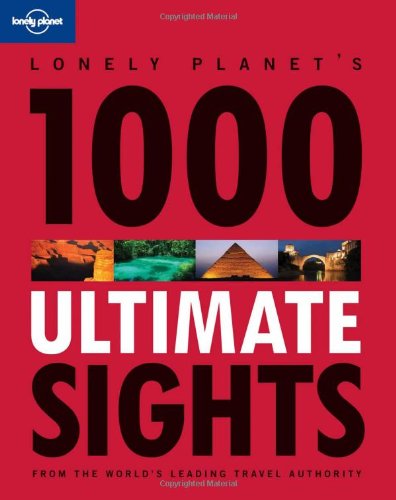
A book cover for Lonely Planet 1000 Ultimate Sights; Lonely Planet; Travel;